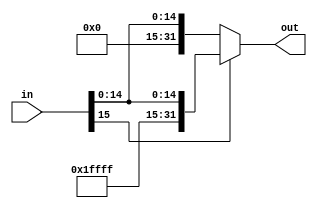
`timescale 1ns / 1ps
////////////////////////////////////////////////////////////////////////////////
// ECE369 - Computer Architecture
// 
// Module - SignExtension.v
// Description - Sign extension module.
////////////////////////////////////////////////////////////////////////////////
module SignExtension(in, out);

    /* A 16-Bit input word */
    input [15:0] in;
    
    /* A 32-Bit output word */
    output reg [31:0] out;

    initial begin
        out <= 0; // initialize output to 0
    end

    always @(*) begin

    if (in[15] == 1)
        out <= {16'b1111111111111111, in}; // append 1s to represent 0s in 2s comp
    else
        out <= {16'b0000000000000000, in}; 

    end 

endmodule